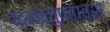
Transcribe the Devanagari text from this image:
पदलोलुपतावश